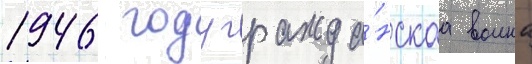
1946 году гражда́нскаа воина